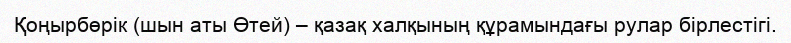
Қоңырбөрік (шын аты Өтей) – қазақ халқының құрамындағы рулар бірлестігі.